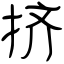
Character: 挤